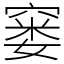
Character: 窭